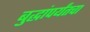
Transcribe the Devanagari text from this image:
बुद्धांपर्यंतचा